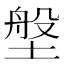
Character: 𪤈